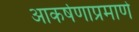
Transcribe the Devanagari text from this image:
आकर्षणाप्रमाणे